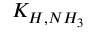
K _ { H , N H _ { 3 } }